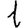
Digit: 1